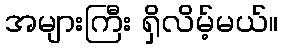
အများကြီး ရှိလိမ့်မယ်။